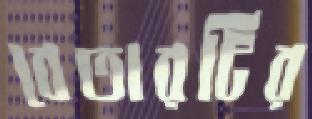
বেতারটির